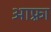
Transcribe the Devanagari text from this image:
आफ़्रा